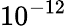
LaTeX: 10^{-12}